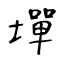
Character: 墠